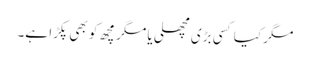
مگر کیا کسی بڑی مچھلی یا مگر مچھ کو بھی پکڑا ہے۔